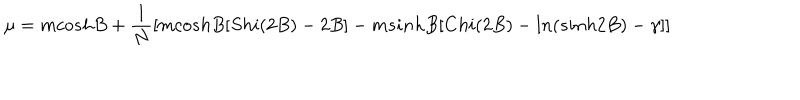
LaTeX: \mu = m c o s h B + \frac { 1 } { N } \left[ m c o s h B [ S h i ( 2 B ) - 2 B ] - m s i n h B [ C h i ( 2 B ) - l n ( s i n h 2 B ) - \gamma ] \right]